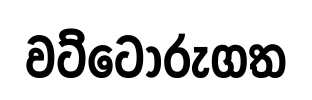
වට්ටෝරුගත